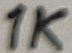
Text: 1K